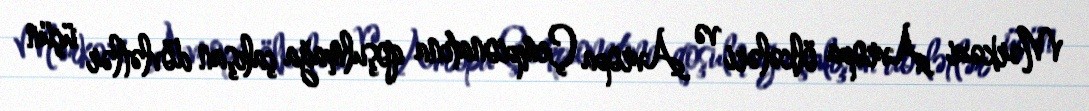
Mərkəzi Avropa ölkələri və Avropa Çempionatına qoşulmağa çalışan dövlətlər üçün